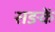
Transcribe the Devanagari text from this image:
सङकें